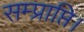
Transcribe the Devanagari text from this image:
सम्प्राप्ति।